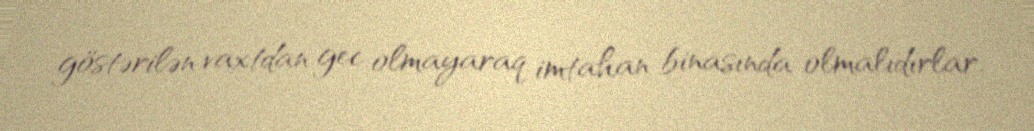
göstərilən vaxtdan gec olmayaraq imtahan binasında olmalıdırlar.